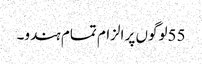
55لوگوں پر الزام تمام ہندو۔